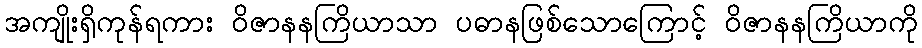
အကျိုးရှိကုန်ရကား ဝိဇာနနကြိယာသာ ပဓာနဖြစ်သောကြောင့် ဝိဇာနနကြိယာကို